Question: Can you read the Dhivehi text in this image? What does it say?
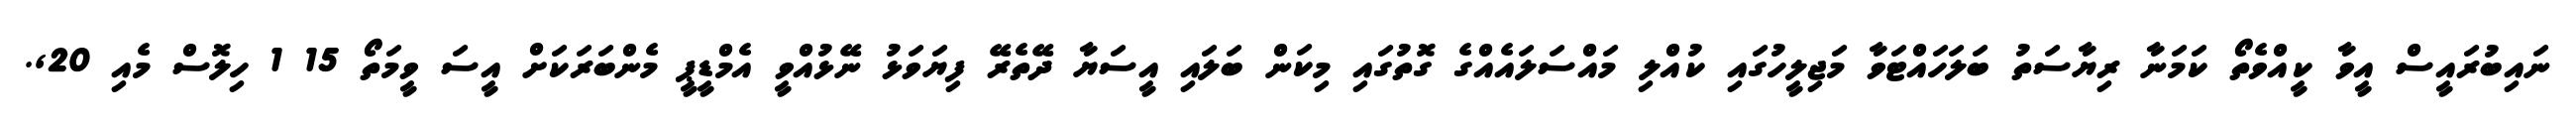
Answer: ނައިބުރައީސް އީވާ ކީއްވެތޯ ކަމަނާ ރިޔާސަތު ބަލަހައްޓަވާ މަޖިލީހުގައި ކުއްލި މައްސަލައެއްގެ ގޮތުގައި މިކަން ބަލައި އީސަޔާ ދޭތެރޭ ފިޔަވަޅު ނޭޅުއްވީ އެމްޑީޕީ މެންބަރަކަށް އީސަ ވީމަތޯ 15 1 ހިލޮސް މެއި 20,.